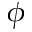
\phi